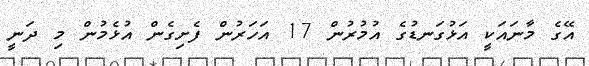
އޭގެ މާނައަކީ އަޅުގަނޑުގެ އުމުރުން 17 އަހަރުން ފެށިގެން އުޅެމުން މި ދަނީ